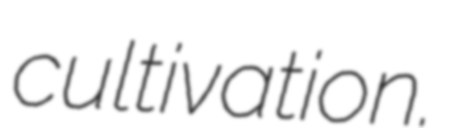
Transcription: cultivation.